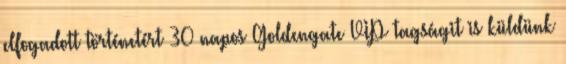
elfogadott történetért 30 napos Goldengate VIP tagságit is küldünk